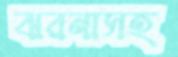
ঝরনাসহ